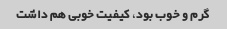
گرم و خوب بود، کیفیت خوبی هم داشت